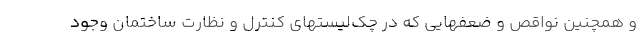
و همچنین نواقص و ضعفهایی که در چک‌لیستهای کنترل و نظارت ساختمان وجود